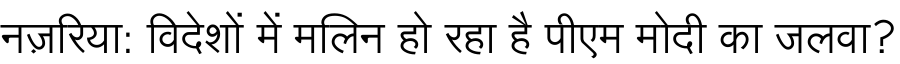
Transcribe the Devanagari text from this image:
नज़रिया: विदेशों में मलिन हो रहा है पीएम मोदी का जलवा?